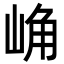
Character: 崅